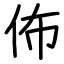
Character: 佈